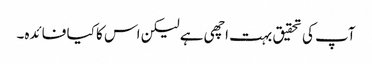
آپ کی تحقیق بہت اچھی ہے لیکن اس کا کیا فائدہ۔